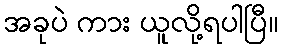
အခုပဲ ကား ယူလို့ရပါပြီ။